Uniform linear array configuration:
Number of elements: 4
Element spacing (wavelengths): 0.75
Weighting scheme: cosine
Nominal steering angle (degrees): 15
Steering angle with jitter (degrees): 15.03
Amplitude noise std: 0.05
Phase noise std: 0.05

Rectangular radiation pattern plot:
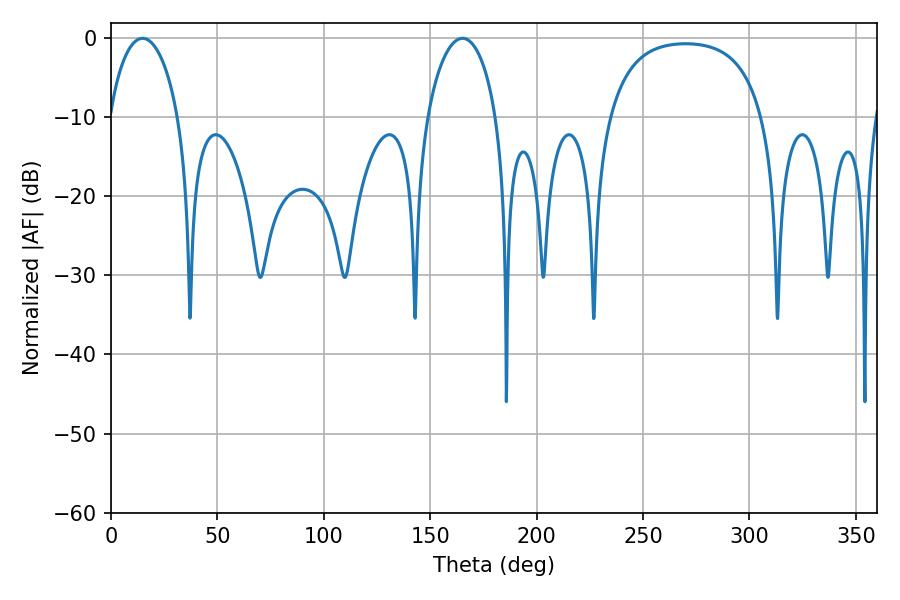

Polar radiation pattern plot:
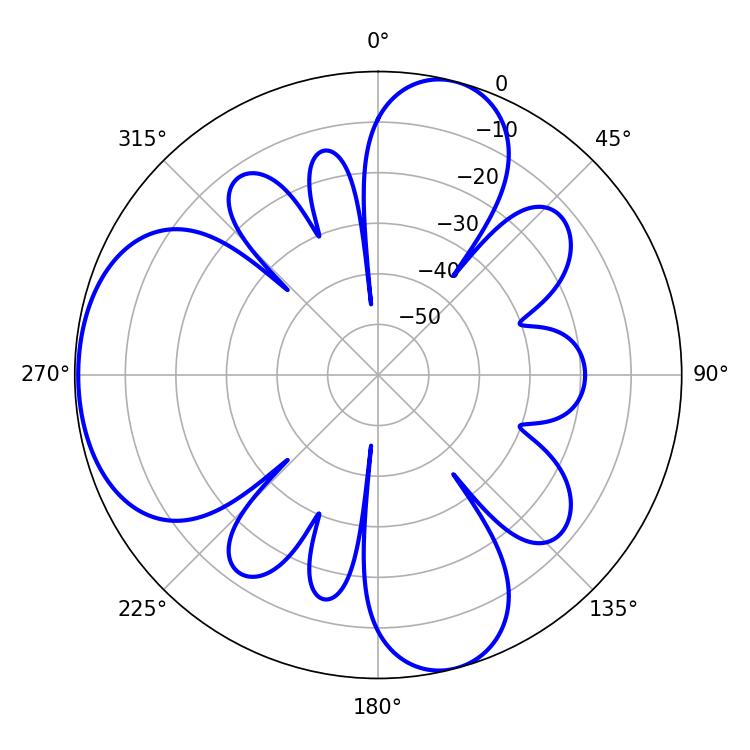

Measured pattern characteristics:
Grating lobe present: TRUE
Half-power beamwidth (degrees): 18.54
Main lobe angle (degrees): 14.76